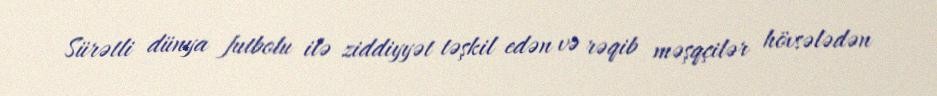
Sürətli dünya futbolu ilə ziddiyyət təşkil edən və rəqib məşqçilər hövsələdən